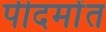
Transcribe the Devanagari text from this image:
पीदमोंत